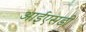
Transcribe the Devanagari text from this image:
आईएसडी